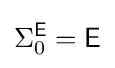
\Sigma _{0}^{\mathsf {E}}={\mathsf {E}}